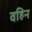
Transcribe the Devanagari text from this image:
वहिन